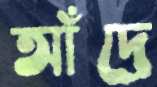
আঁদ্রে